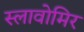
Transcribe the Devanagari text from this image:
स्लावोमिर